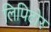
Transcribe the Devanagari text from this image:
लिपिटोर